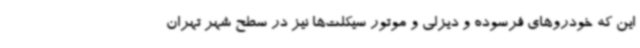
این که خودروهای فرسوده و دیزلی و موتور سیکلت‌ها نیز در سطح شهر تهران